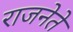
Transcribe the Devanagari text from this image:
राजनेते